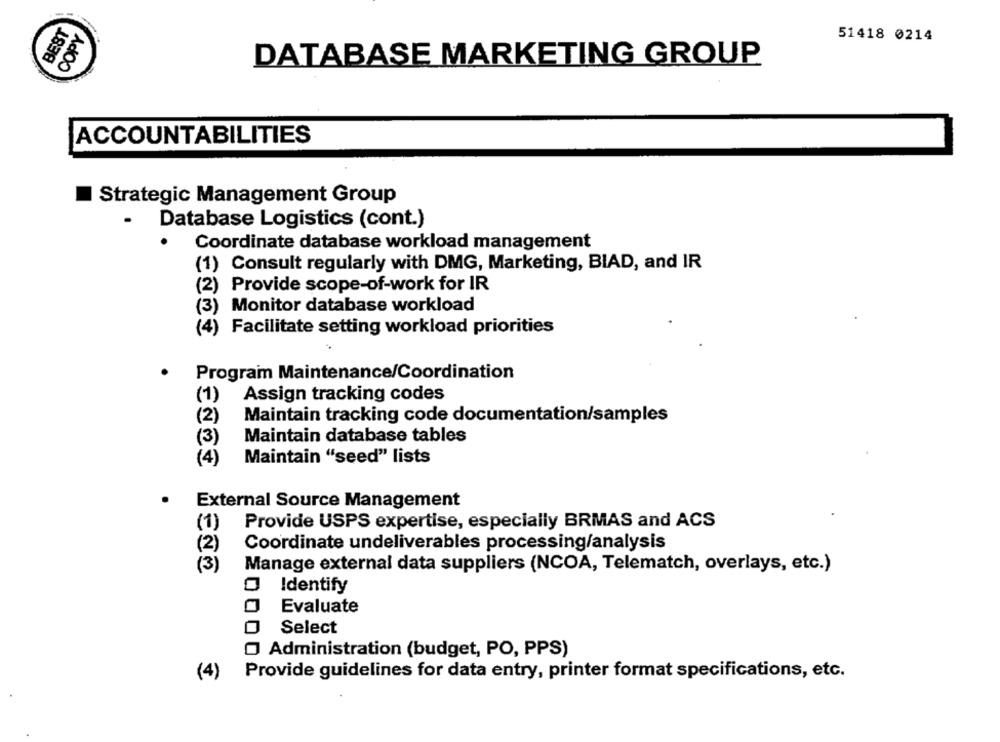
BEST
COPY
51418 0214
DATABASE MARKETING GROUP
ACCOUNTABILITIES
Strategic Management Group
.
Database Logistics (cont.)
Coordinate database workload management
(1) Consult regularly with DMG, Marketing, BIAD, and IR
(2) Provide scope-of-work for IR
(3) Monitor database workload
(4) Facilitate setting workload priorities
Program Maintenance/Coordination
(1)
Assign tracking codes
(2)
Maintain tracking code documentation/samples
(3)
Maintain database tables
(4)
Maintain "seed" lists
.
External Source Management
Provide USPS expertise, especially BRMAS and ACS
(1)
(2)
Coordinate undeliverables processing/analysis
(3)
Manage external data suppliers (NCOA, Telematch, overlays, etc.)
Identify
Evaluate
Select
Administration (budget, PO, PPS)
(4)
Provide guidelines for data entry, printer format specifications, etc.